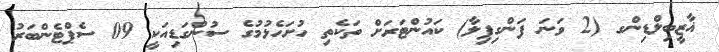
ޣާޒީބިލްޑިންގ (2 ވަނަ ފަންގިފިލާ) ކައުންޓަރަށް ތަކެތި ހުށަހެޅުމުގެ ސުންގަޑިއަކީ 09 ސެޕްޓެންބަރު